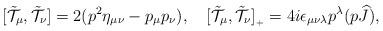
LaTeX: \begin{align*}[\tilde{\cal T}_\mu,\tilde{\cal T}_\nu]=2(p^2\eta_{\mu\nu}-p_\mu p_\nu),\quad[\tilde{\cal T}_\mu,\tilde{\cal T}_\nu]_{{}_+}=4i\epsilon_{\mu\nu\lambda}p^\lambda(p\widehat{J}),\end{align*}